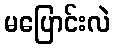
မပြောင်းလဲ